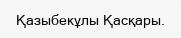
Қазыбекұлы Қасқары.